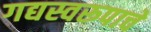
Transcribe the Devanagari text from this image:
गद्यस्वरूपाचे